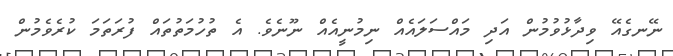
ނޭނގެއޭ ވިދާޅުވުމުން އަދި މައްސަލައެއް ނިމުނީއެއް ނޫނެވެ. އެ ތުހުމަތުތައް ފުރަތަމަ ކުރެވެމުން